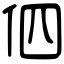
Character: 伵